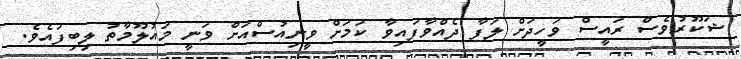
ޝަކޫރުވެސް ރައީސް ވަހީދަށް ލަފާ ދެއްވާފައިވާ ކަމަށް ވީނިއުސްއަށް ވަނީ މައުލޫމާތު ލިބިފައެވެ.